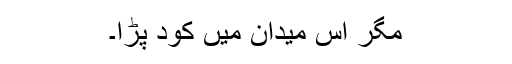
مگر اس میدان میں کُود پڑا۔